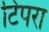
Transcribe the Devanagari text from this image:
टिपरा